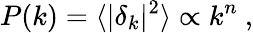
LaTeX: P(k)=\langle|\delta_{k}|^{2}\rangle\propto k^{n}\ ,